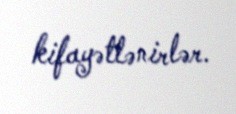
kifayətlənirlər.